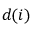
\boldsymbol { d } ( i )